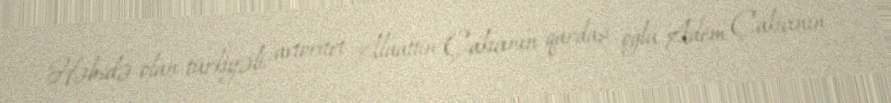
Həbsdə olan türkiyəli avtoritet Alaattin Çakıcının qardaşı oğlu Adem Çakıcının